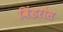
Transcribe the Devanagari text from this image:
विंडरोस